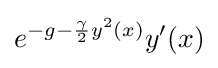
e^{-g-{\frac {\gamma }{2}}y^{2}(x)}y'(x)